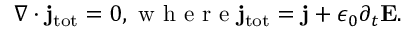
\nabla \cdot { \bf j } _ { \mathrm { t o t } } = 0 , \mathrm { ~ w ~ h ~ e ~ r ~ e ~ } { \bf j } _ { \mathrm { t o t } } = { \bf j } + \epsilon _ { 0 } \partial _ { t } { \bf E } .